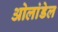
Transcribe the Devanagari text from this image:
ओलांडेल